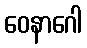
ဝေနာဂေါ